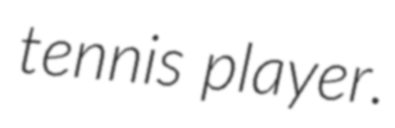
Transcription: tennis player.